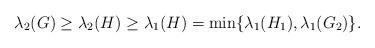
LaTeX: \begin{align*} \lambda_2(G)\geq \lambda_2(H)\geq \lambda_1(H) = \min \{\lambda_1(H_1),\lambda_1(G_2)\}.\end{align*}